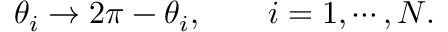
\theta _ { i } \rightarrow 2 \pi - \theta _ { i } , \qquad i = 1 , \cdots , N .